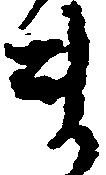
ま